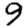
Digit: 9